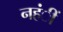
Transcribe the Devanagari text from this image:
नहंीं